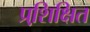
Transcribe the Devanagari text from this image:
प्रशि़क्षित